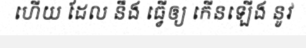
ហើយ ដែល នឹង ធ្វើឲ្យ កើនឡើង នូវ